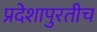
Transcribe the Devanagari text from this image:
प्रदेशापुरतीच